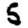
Digit: 5